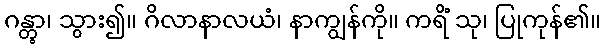
ဂန္တွာ၊ သွား၍။ ဂိလာနာလယံ၊ နာကျွန်ကို။ ကရိံ သု၊ ပြုကုန်၏။